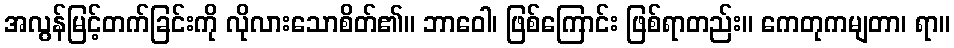
အလွန်မြင့်တက်ခြင်းကို လိုလားသောစိတ်၏။ ဘာဝေါ၊ ဖြစ်ကြောင်း ဖြစ်ရာတည်း။ ကေတုကမျတာ၊ ရာ။